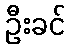
ဦးခင်